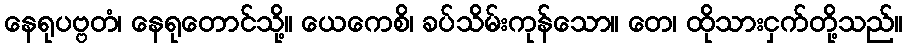
နေရုပဗ္ဗတံ၊ နေရုတောင်သို့။ ယေကေစိ၊ ခပ်သိမ်းကုန်သော။ တေ၊ ထိုသားငှက်တို့သည်။